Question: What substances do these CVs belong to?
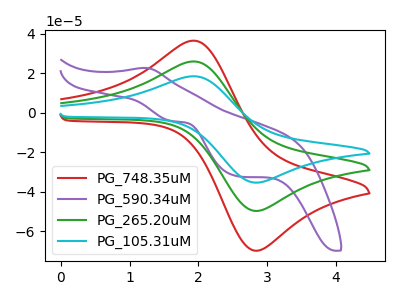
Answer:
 <answer>The red curve is labeled "PG_748.35uM". The purple curve is labeled "PG_590.34uM". The green curve is labeled "PG_265.20uM". The cyan curve is labeled "PG_105.31uM".</answer>
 <eval></eval>